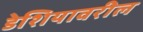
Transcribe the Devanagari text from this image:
डेशियावरील